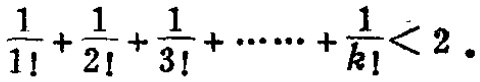
$\frac{1}{1!}+\frac{1}{2!}+\frac{1}{3!}+\cdots\cdots+\frac{1}{k!}<2$